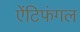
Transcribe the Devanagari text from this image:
ऐंटिफंगल